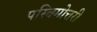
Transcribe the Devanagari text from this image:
पस्चिमोत्तरी